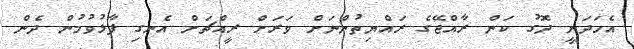
އެހަދަނީ ދޮގު ކަން ރާއްޖޭގެ ރައްޔިތުންނަށް ވަރަށް ރީއްޗަށް އެނގި ފާޅުވުމުން ދެން